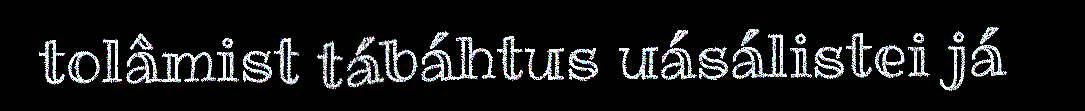
tolâmist tábáhtus uásálistei já